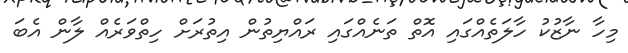
މިހާ ނާޒުކު ހާލަތެއްގައި އޮތް ތަނެއްގައި ރައްޔިތުން އިތުރަށް ހިތްވަރެއް ލާން އެބަ